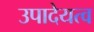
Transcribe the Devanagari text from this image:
उपादेयत्व